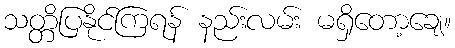
သတ္တိပြနိုင်ကြရန် နည်းလမ်း မရှိတော့ချေ။